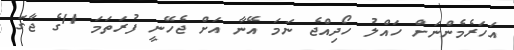
އަހަރެމެންނަށް ހައްލު ހޯދިއްޖެ ނަމަ އޭނާ އަށް ޖެހޭނީ ފުރަތަމަ 11ގެ ޖާގަ